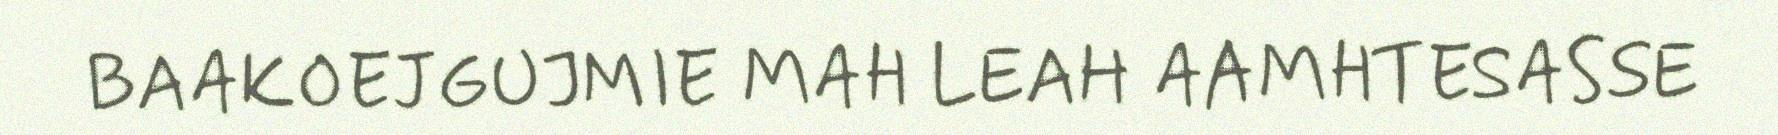
BAAKOEJGUJMIE MAH LEAH AAMHTESASSE